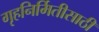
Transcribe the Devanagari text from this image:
गृहनिर्मितीसाठी